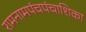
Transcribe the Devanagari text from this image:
रामनामपंचपंचाशिका